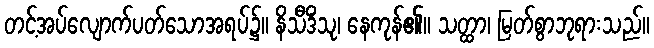
တင့်အပ်လျောက်ပတ်သောအရပ်၌။ နိသီဒိံသု၊ နေကုန်၏။ သတ္ထာ၊ မြတ်စွာဘုရားသည်။